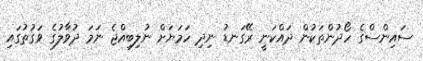
ސައިންސްގެ ހޯދުންތަކުން ދައްކަނީ ރޭގަނޑު ނިދި ހަމަޔަށް ނުލިބިއްޖެ ނަމަ ދުވާލުގެ ވަގުތުގައި